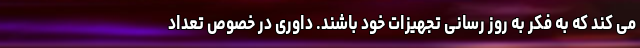
می کند که به فکر به روز رسانی تجهیزات خود باشند. داوری در خصوص تعداد